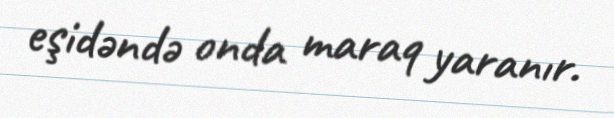
eşidəndə onda maraq yaranır.